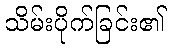
သိမ်းပိုက်ခြင်း၏